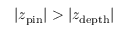
\vert z _ { \mathrm { p i n } } \vert > \vert z _ { \mathrm { d e p t h } } \vert